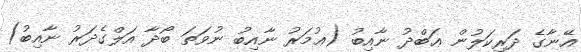
އޭނާގެ ދަރިކަލުން ޢަބްދު ނާއިބު (ޢުމަރު ނާއިބު ނުވަތަ ބޯދާ އަލްގެދަރު ނާއިބު)